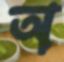
অ